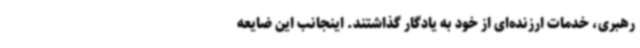
رهبری، خدمات ارزنده‌ای از خود به یادگار گذاشتند. اینجانب این ضایعه